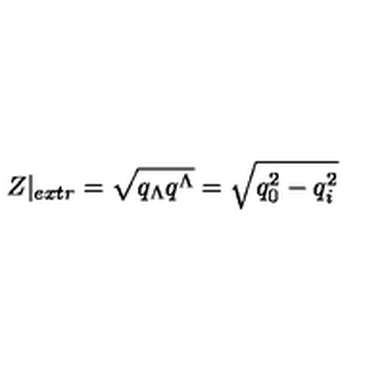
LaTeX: Z | _ { e x t r } = \sqrt { q _ { \Lambda } q ^ { \Lambda } } = \sqrt { q _ { 0 } ^ { 2 } - q _ { i } ^ { 2 } }